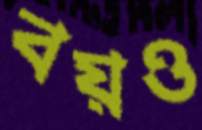
বয়ও